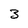
Character: 3